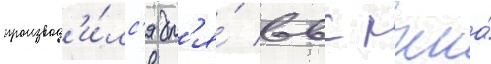
производ'и́лс'я дл'я́ ввс ркка́